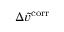
\Delta \Tilde { v } ^ { \mathrm { c o r r } }